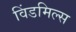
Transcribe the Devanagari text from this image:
विंडमिल्स